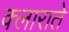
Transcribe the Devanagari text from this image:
क्लाराते